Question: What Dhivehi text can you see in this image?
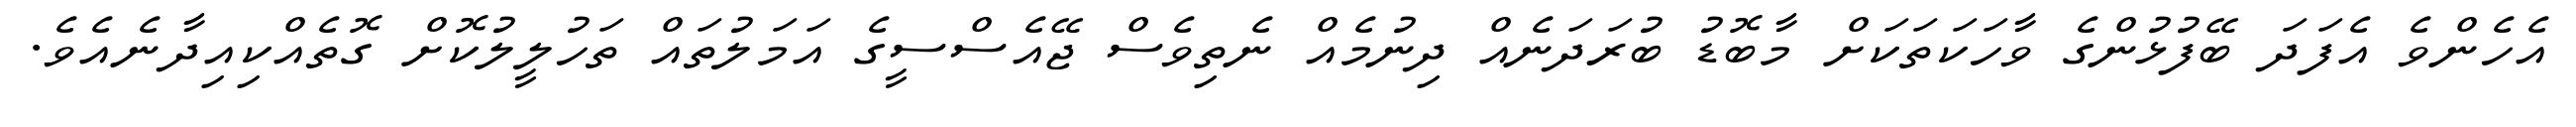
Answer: އެހެންވެ އެފަދަ ބޭފުޅުންގެ ވާހަކަތަކަށް މާބޮޑު ބުރަދަނެއް ދިނުމެއް ނެތިވެސް ޖޭއެސްސީގެ އަމަލުތައް ތަހުލީލުކޮށް ގޮތެއްކިއިދާނެއެވެ.